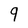
Character: 9